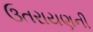
ઉતરાયણની